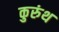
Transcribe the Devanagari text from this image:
कुरुंथ